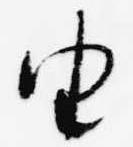
由